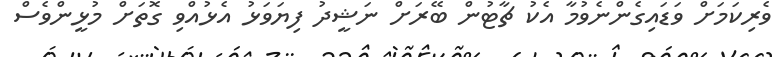
ވެރިކަމަށް ވަޑައިގެންނެވުމާ އެކު ޗާޓުން ބޭރަށް ނަޝީދު ފިޔަވަޅު އެޅުއްވި ގޮތަށް މުޅީންވެސް